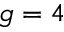
g = 4